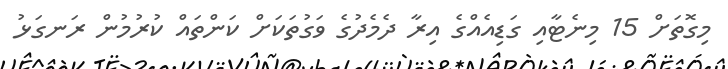
މިގޮތަށް 15 މިނެޓާއި ގަޑިއެއްގެ އިރާ ދެމެދުގެ ވަގުތަކަށް ކަންތައް ކުރުމުން ރަނގަޅު